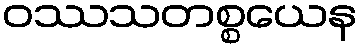
ဝဿသတစ္စယေန